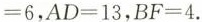
=6，AD=13，BF=4.